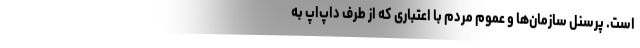
است. پرسنل سازمان‌ها و عموم مردم با اعتباری که از طرف داپ‌اَپ به